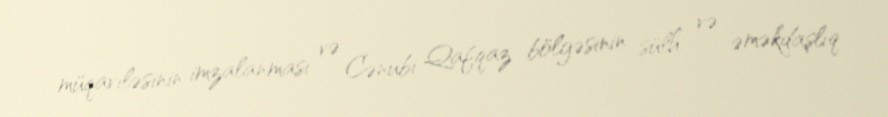
müqaviləsinin imzalanması və Cənubi Qafqaz bölgəsinin sülh və əməkdaşlıq